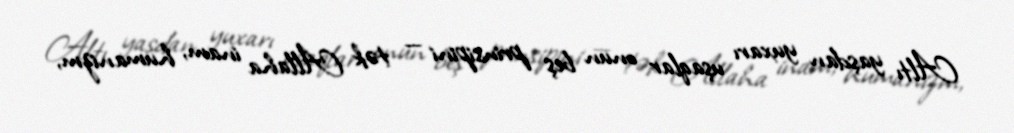
Altı yaşdan yuxarı uşaqlar onun beş prinsipini — tək Allaha inam, humanizm,